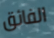
الفائق